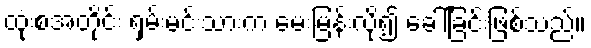
ထုံးစံအတိုင်း ရှမ်းမင်းသားက မေးမြန်းလို၍ ခေါ်ခြင်းဖြစ်သည်။